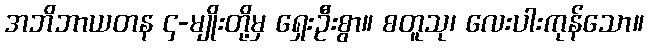
အဘိဘာယတန ၄-မျိုးတို့မှ ရှေးဦးစွာ။ စတူသု၊ လေးပါးကုန်သော။